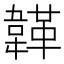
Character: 韚